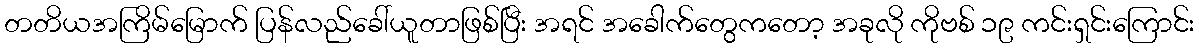
တတိယအကြိမ်မြောက် ပြန်လည်ခေါ်ယူတာဖြစ်ပြီး အရင် အခေါက်တွေကတော့ အခုလို ကိုဗစ် ၁၉ ကင်းရှင်းကြောင်း